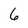
Character: 6